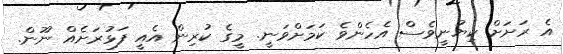
އެ ރަށަށް ކިޔުނީވެސް އެހެންވެ ކަމަށްވަނީ. މީގެ ކުރިން އެއީ ފަޅުރަށެއް ނޫން.